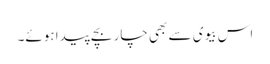
اس بیوی سے بھی چار بچے پیدا ہوئے۔